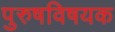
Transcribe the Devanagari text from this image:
पुरुषविषयक